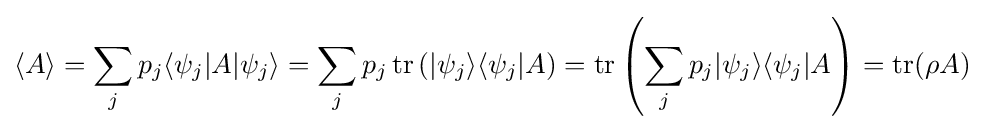
\langle A\rangle =\sum _{j}p_{j}\langle \psi _{j}|A|\psi _{j}\rangle =\sum _{j}p_{j}\operatorname {tr} \left(|\psi _{j}\rangle \langle \psi _{j}|A\right)=\operatorname {tr} \left(\sum _{j}p_{j}|\psi _{j}\rangle \langle \psi _{j}|A\right)=\operatorname {tr} (\rho A)